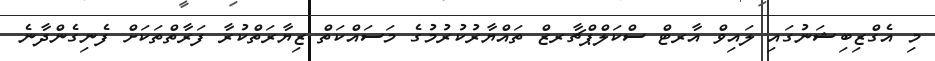
މި އެގްޒިބިޝަނުގައި ލައިވް އާރޓް ސްކަލްޕްޗާރޒް ތައްޔާރުކުރުމުގެ މަސައްކަތް ޒިޔާރަތްކުރާ ފަރާތްތަކަށް ފެނިގެންދާނެ